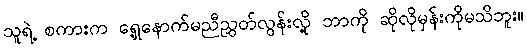
သူရဲ့ စကားက ရှေ့နောက်မညီညွှတ်လွန်းလို့ ဘာကို ဆိုလိုမှန်းကိုမသိဘူး။